system: You are a helpful assistant.
user:
Analyze the provided spectrum to determine if it is a **White Dwarf (WD)**.

A White Dwarf spectrum is defined by its **extreme purity** (due to gravitational settling) and/or **extreme pressure broadening** (due to high surface gravity). You must check for one of the following mutually exclusive signatures:

- **Key Visual Indicators (Check for ONE of these types):**

    - **1. DA-Type Signature (Most Common):**
        - **(Primary Feature):** Extreme pressure broadening (Stark broadening) of the **Hydrogen (H) Balmer lines**.
        - **(Key Lines):** $H\beta$ (approx. $4861$ Å) and $H\gamma$ (approx. $4340$ Å). $H\alpha$ (approx. $6563$ Å) will also be present if the wavelength range covers it.
        - **(Line Profile):** This is the **defining feature**. The lines are **NOT** sharp. They appear as massive, **extremely broad and deep "troughs" or "dips"** in the spectrum, often hundreds of Ångströms wide. The continuum will appear to "scoop" down at these wavelengths.
        - **(Distinction):** Normal A-type or B-type stars have *narrow* and *sharp* Hydrogen lines. A DA White Dwarf's lines are unmistakably "smeared" or "blurry" from pressure.

    - **2. DB-Type Signature:**
        - **(Primary Feature):** Broad absorption lines from **Neutral Helium (He I)**. The spectrum must lack any visible Hydrogen lines.
        - **(Key Lines):** Look for broad absorption near $4471$ Å, $4921$ Å, and $5876$ Å.
        - **(Line Profile):** These lines are also significantly pressure-broadened, appearing much wider than they would in a normal B-type main-sequence star.

    - **3. DC-Type Signature:**
        - **(Primary Feature):** A **featureless continuous spectrum**.
        - **(Line Profile):** The spectrum is a smooth curve with **no significant absorption or emission lines**.
        - **(Key Confirmation):** The continuum is almost always **blue or white**, indicating a hot object. This signature implies the atmosphere is so pure (or so cool) that no spectral lines are visible in the optical range. Its WD identity is confirmed by its extremely low intrinsic brightness (high absolute magnitude).

    - **4. DZ-Type Signature (Metal-Polluted):**
        - **(Primary Feature):** **Isolated, narrow metal absorption lines** on an otherwise featureless (DC-like) continuum.
        - **(Key Lines):** The **Calcium (Ca II) H & K doublet** (approx. **$3934$ Å** and **$3968$ Å**) is the most common and defining feature.
        - **(Line Profile):** These lines are "out of place." They are *not* part of a "forest" of thousands of lines. This signature is evidence of recent *accretion* (pollution) from rocky debris.
        - **(Distinction):** Normal G/K/M stars have a *dense forest* of thousands of metal lines. A DZ has a *clean* continuum with *only a few* strong metal lines.

    - **5. DQ-Type Signature (Carbon-Polluted):**
        - **(Primary Feature):** Absorption bands from **Carbon (C₂ "Swan Bands" or atomic C I)**.
        - **(Key Lines - C₂):** Look for bandheads with a "saw-tooth" shape near $5635$ Å, **$5165$ Å** (strongest), and $4737$ Å.
        - **(Key Confirmation):** The underlying **continuum must be blue or white** (hot).
        - **(Distinction):** This is the critical difference from a **Carbon Star**, which has the *exact same* C₂ bands but on an extremely **red, cool** continuum.

- **(Overall Spectrum):**
    - The continuum (overall shape) is typically **blue-sloping** (brighter in the blue than the red), as most white dwarfs are very hot.
    - The spectrum will look "pure" or "simple," dominated by only *one* of the five signatures listed above.

Think first, call **spectral_visualization_tool** if needed to examine features in detail, then provide your final answer. Your response must adhere to the following strict rules:
1.  **Overall Structure:** Your response must follow the format `<think>...</think> <tool_call>...</tool_call> (if a tool is used) <answer>...</answer>`.
2.  **Tool Usage Constraint:** You may only make **one** tool call per turn.
3.  **Final Answer Format:** In the `<answer>` tag, your conclusion must be inside a `\boxed{}` command (e.g., `\boxed{YES}` or `\boxed{NO}`), followed by your justification.

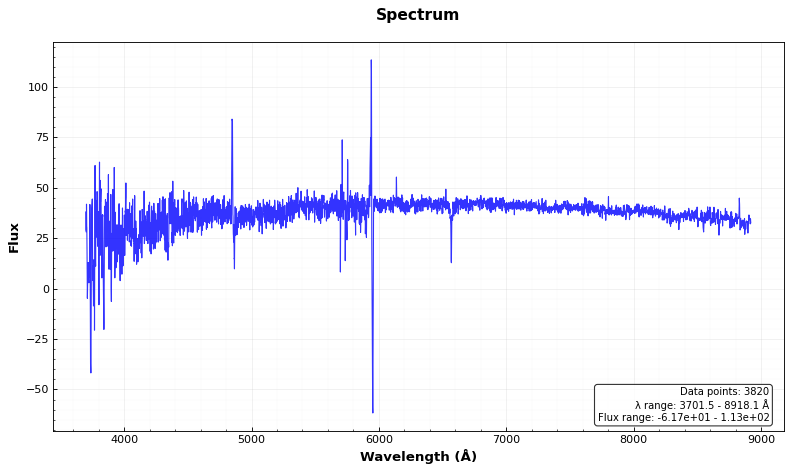
Answer: NO